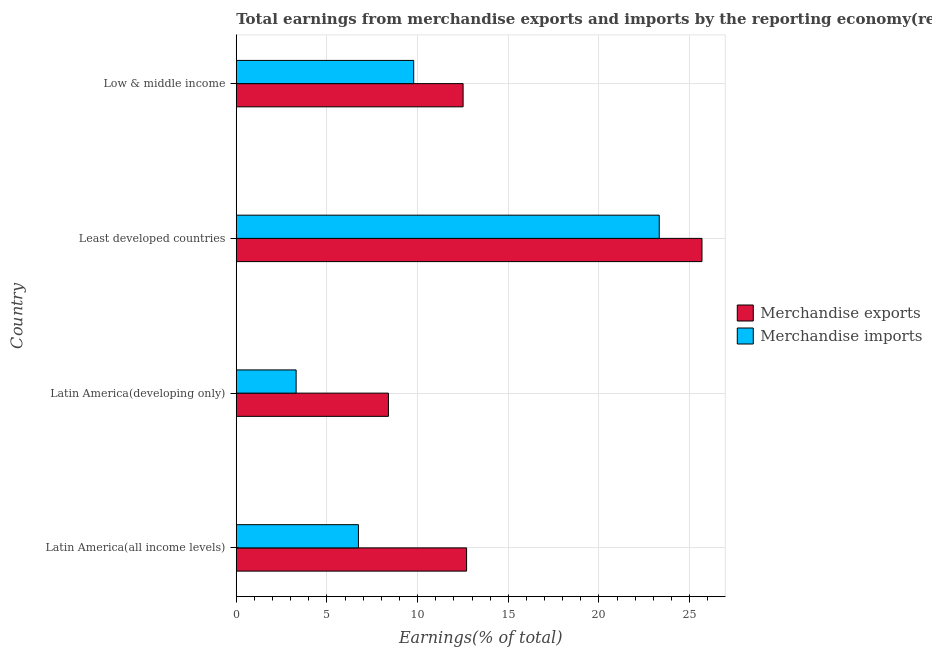
| Country | Merchandise exports | Merchandise imports |
 | --- | --- | --- |
 | Latin America(all income levels) | 12.7 | 6.74 |
 | Latin America(developing only) | 8.39 | 3.3 |
 | Least developed countries | 25.7 | 23.3 |
 | Low & middle income | 12.5 | 9.79 |